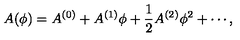
A ( \phi ) = A ^ { ( 0 ) } + A ^ { ( 1 ) } \phi + \frac 1 2 A ^ { ( 2 ) } \phi ^ { 2 } + \cdots ,